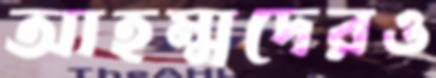
আহম্মদেরও